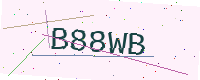
Text: B88WB